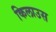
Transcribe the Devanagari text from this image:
किलाउस